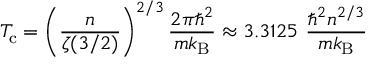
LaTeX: T _ { \mathrm { { c } } } = \left( { \frac { n } { \zeta ( 3 / 2 ) } } \right) ^ { 2 / 3 } { \frac { 2 \pi \hbar ^ { 2 } } { m k _ { \mathrm { { B } } } } } \approx 3 . 3 1 2 5 \ { \frac { \hbar ^ { 2 } n ^ { 2 / 3 } } { m k _ { \mathrm { { B } } } } }